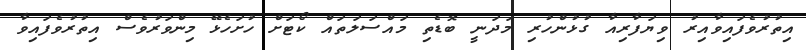
އިތުރުވެފައިވާއިރު ވިޔަފާރިއާ ގުޅުންހުރި މަދަނީ ބޮޑެތި މައްސަލަތައް ކޯޓަށް ހުށަހެޅޭ މިންވަރުވެސް އިތުރުވެފައިވާ